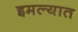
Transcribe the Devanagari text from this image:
इमल्यात